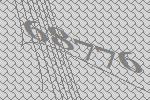
68776